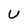
Character: U